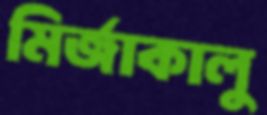
মির্জাকালু